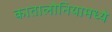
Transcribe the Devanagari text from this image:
कातालोनियामध्ये